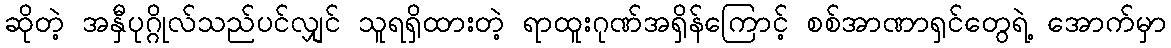
ဆိုတဲ့ အနှီပုဂ္ဂိုလ်သည်ပင်လျှင် သူရရှိထားတဲ့ ရာထူးဂုဏ်အရှိန်ကြောင့် စစ်အာဏာရှင်တွေရဲ့ အောက်မှာ